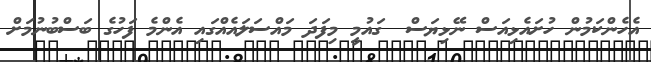
އެހެންކަމުން ހުށައެޅިއަސް ނޭޅިޔަސް  ގައުމީ މިފަދަ މައްސަލައެއްގައި އެންމެ ފަހުގެ ބަސްބުނުމަށް